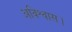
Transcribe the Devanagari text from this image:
अविश्वास।